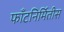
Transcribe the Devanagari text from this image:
फाँटनिर्मितीस